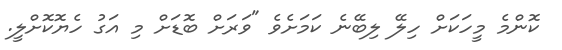
ކޮންމެ މީހަކަށް ހިލޭ ލިބޭނެ ކަމަށެވެ "ވަރަށް ބޮޑަށް މި އަގު ހެޔޮކޮށްލީ.